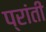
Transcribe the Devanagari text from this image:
प्रांतीं